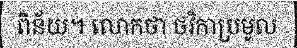
ពិន័យ។ លោកថា ថវិកាប្រមូល